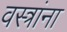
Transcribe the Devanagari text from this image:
वस्त्रांना